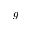
g